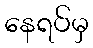
နေရပ်မှ